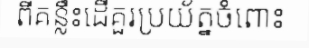
ពីគន្លឹះដើគួរប្រយ័ត្នចំពោះ